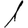
Digit: 1